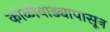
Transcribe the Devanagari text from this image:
कोळीवाड्यापासून